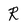
Character: R